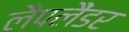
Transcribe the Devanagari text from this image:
लैपलैंडर